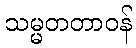
သမ္မတတာဝန်